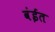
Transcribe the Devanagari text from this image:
वंईत